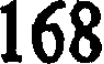
168